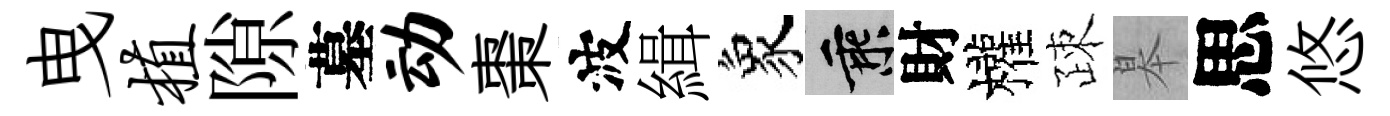
曳植隙墓动棗波緝象乘財權疎皋思悠